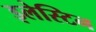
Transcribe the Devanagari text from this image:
इलेस्टिन